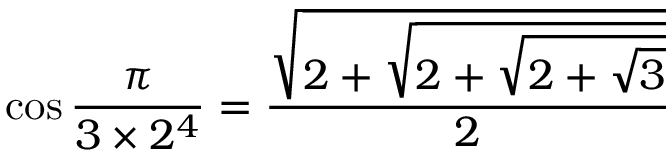
\cos { \frac { \pi } { 3 \times 2 ^ { 4 } } } = { \frac { \sqrt { 2 + { \sqrt { 2 + { \sqrt { 2 + { \sqrt { 3 } } } } } } } } { 2 } }